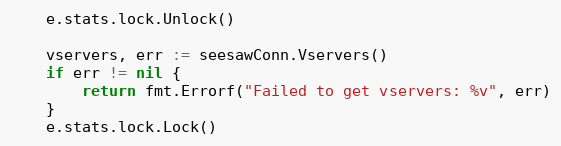
Language: Go
	e.stats.lock.Unlock()

	vservers, err := seesawConn.Vservers()
	if err != nil {
		return fmt.Errorf("Failed to get vservers: %v", err)
	}
	e.stats.lock.Lock()